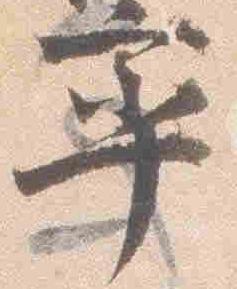
率